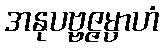
အနုပဗ္ဗဇ္ဇမ္ပာဟံ